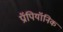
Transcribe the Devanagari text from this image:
प्रॉपियॉनिक